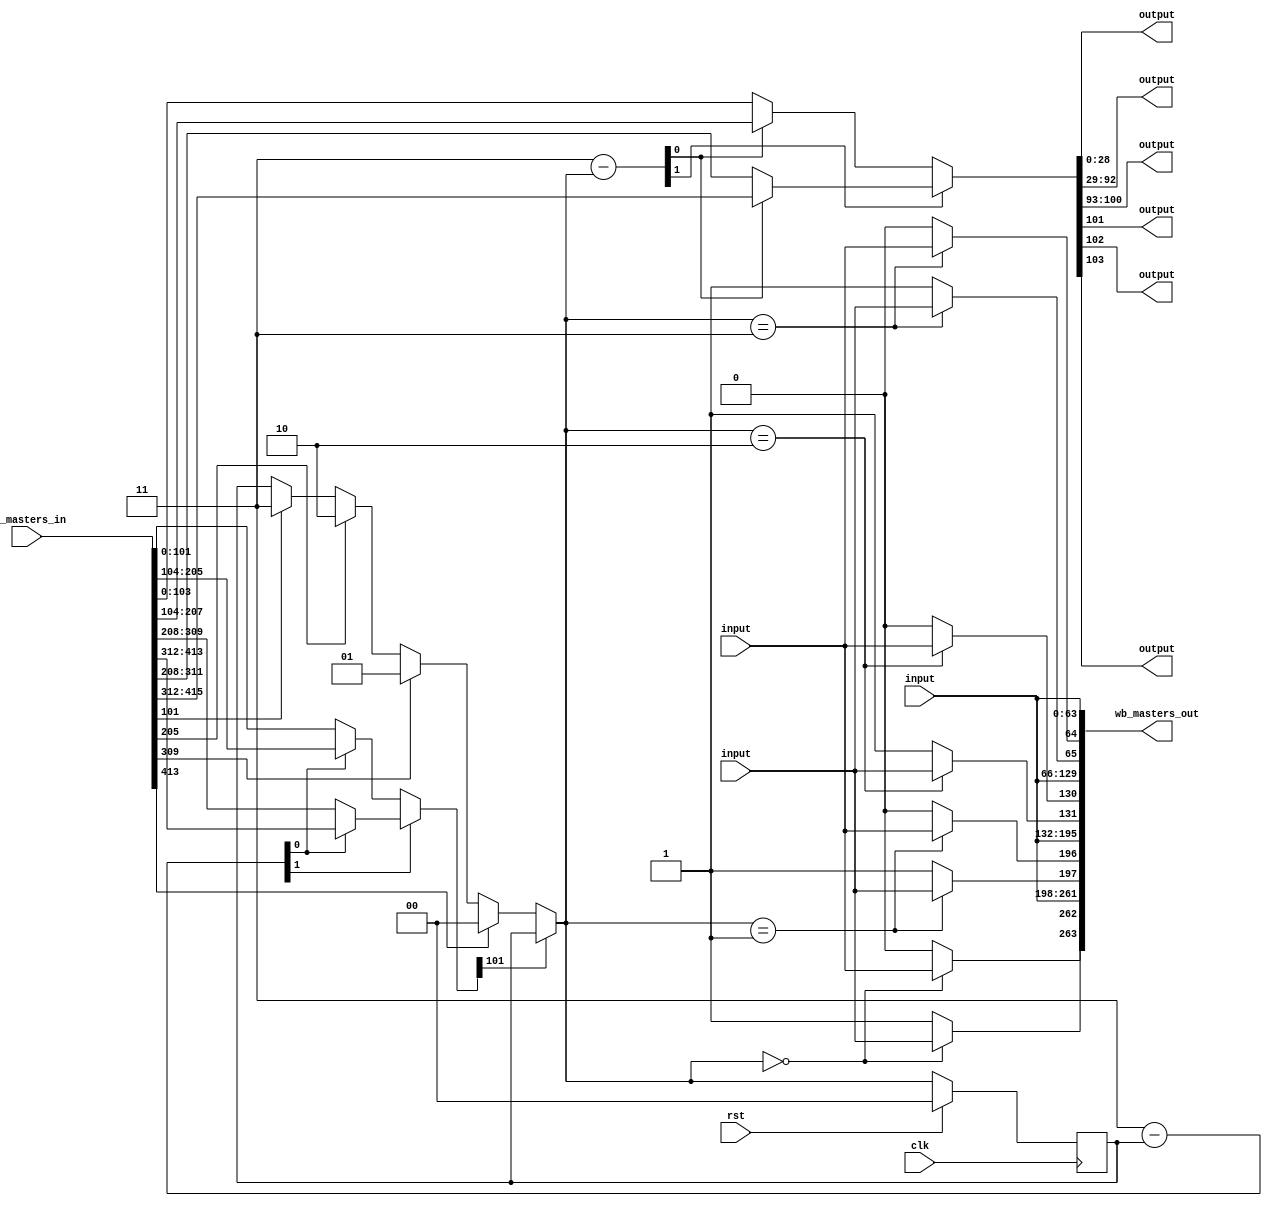
module wishbone_arbiter_4(clk, rst, wb_masters_in, \wb_slave_in.dat , \wb_slave_in.ack , \wb_slave_in.stall , wb_masters_out, \wb_slave_out.adr , \wb_slave_out.dat , \wb_slave_out.sel , \wb_slave_out.cyc , \wb_slave_out.stb , \wb_slave_out.we );
  wire [103:0] _00_;
  wire [103:0] _01_;
  wire [103:0] _02_;
  wire [103:0] _03_;
  wire [1:0] _04_;
  wire _05_;
  wire [1:0] _06_;
  wire [1:0] _07_;
  wire _08_;
  wire _09_;
  wire _10_;
  wire _11_;
  wire _12_;
  wire _13_;
  wire _14_;
  wire _15_;
  wire _16_;
  wire _17_;
  wire _18_;
  wire _19_;
  wire _20_;
  wire _21_;
  wire _22_;
  wire _23_;
  wire [1:0] _24_;
  wire [1:0] _25_;
  wire [1:0] _26_;
  wire [1:0] _27_;
  wire _28_;
  wire [1:0] _29_;
  wire [1:0] _30_;
  reg [1:0] _31_;
  wire [103:0] _32_;
  wire [103:0] _33_;
  wire busy;
  wire [1:0] candidate;
  input clk;
  wire clk;
  input rst;
  wire rst;
  wire [1:0] selected;
  input [415:0] wb_masters_in;
  wire [415:0] wb_masters_in;
  output [263:0] wb_masters_out;
  wire [263:0] wb_masters_out;
  input \wb_slave_in.ack ;
  wire \wb_slave_in.ack ;
  input [63:0] \wb_slave_in.dat ;
  wire [63:0] \wb_slave_in.dat ;
  input \wb_slave_in.stall ;
  wire \wb_slave_in.stall ;
  output [28:0] \wb_slave_out.adr ;
  wire [28:0] \wb_slave_out.adr ;
  output \wb_slave_out.cyc ;
  wire \wb_slave_out.cyc ;
  output [63:0] \wb_slave_out.dat ;
  wire [63:0] \wb_slave_out.dat ;
  output [7:0] \wb_slave_out.sel ;
  wire [7:0] \wb_slave_out.sel ;
  output \wb_slave_out.stb ;
  wire \wb_slave_out.stb ;
  output \wb_slave_out.we ;
  wire \wb_slave_out.we ;
  assign _00_ = _04_[0] ? wb_masters_in[207:104] : wb_masters_in[103:0];
  assign _01_ = _07_[0] ? wb_masters_in[207:104] : wb_masters_in[103:0];
  assign _02_ = _04_[0] ? wb_masters_in[415:312] : wb_masters_in[311:208];
  assign _03_ = _07_[0] ? wb_masters_in[415:312] : wb_masters_in[311:208];
  assign _32_ = _04_[1] ? _02_ : _00_;
  assign _33_ = _07_[1] ? _03_ : _01_;
  assign _04_ = 2'h3 - selected;
  assign _05_ = ~ busy;
  assign _06_ = _05_ ? candidate : selected;
  assign _07_ = 2'h3 - _06_;
  assign _08_ = { 30'h00000000, _06_ } == 32'd0;
  assign _09_ = _08_ ? \wb_slave_in.ack  : 1'h0;
  assign _10_ = { 30'h00000000, _06_ } == 32'd0;
  assign _11_ = _10_ ? \wb_slave_in.stall  : 1'h1;
  assign _12_ = { 30'h00000000, _06_ } == 32'd1;
  assign _13_ = _12_ ? \wb_slave_in.ack  : 1'h0;
  assign _14_ = { 30'h00000000, _06_ } == 32'd1;
  assign _15_ = _14_ ? \wb_slave_in.stall  : 1'h1;
  assign _16_ = { 30'h00000000, _06_ } == 32'd2;
  assign _17_ = _16_ ? \wb_slave_in.ack  : 1'h0;
  assign _18_ = { 30'h00000000, _06_ } == 32'd2;
  assign _19_ = _18_ ? \wb_slave_in.stall  : 1'h1;
  assign _20_ = { 30'h00000000, _06_ } == 32'd3;
  assign _21_ = _20_ ? \wb_slave_in.ack  : 1'h0;
  assign _22_ = { 30'h00000000, _06_ } == 32'd3;
  assign _23_ = _22_ ? \wb_slave_in.stall  : 1'h1;
  assign _24_ = wb_masters_in[101] ? 2'h3 : selected;
  assign _25_ = wb_masters_in[205] ? 2'h2 : _24_;
  assign _26_ = wb_masters_in[309] ? 2'h1 : _25_;
  assign _27_ = wb_masters_in[413] ? 2'h0 : _26_;
  assign _28_ = ~ busy;
  assign _29_ = _28_ ? candidate : selected;
  assign _30_ = rst ? 2'h0 : _29_;
  always @(posedge clk)
    _31_ <= _30_;
  assign candidate = _27_;
  assign selected = _31_;
  assign busy = _32_[101];
  assign wb_masters_out = { _11_, _09_, \wb_slave_in.dat , _15_, _13_, \wb_slave_in.dat , _19_, _17_, \wb_slave_in.dat , _23_, _21_, \wb_slave_in.dat  };
  assign \wb_slave_out.adr  = _33_[28:0];
  assign \wb_slave_out.dat  = _33_[92:29];
  assign \wb_slave_out.sel  = _33_[100:93];
  assign \wb_slave_out.cyc  = _33_[101];
  assign \wb_slave_out.stb  = _33_[102];
  assign \wb_slave_out.we  = _33_[103];
endmodule